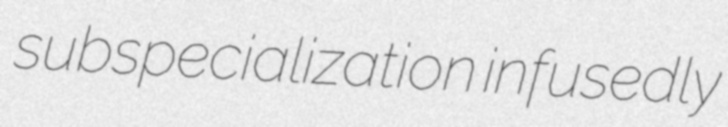
subspecialization infusedly